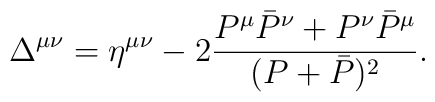
\Delta ^{\mu \nu }=\eta^{\mu \nu }-2\frac{P^{\mu }\bar{P}^{\nu }+P^{\nu }\bar{P}^{\mu }}{(P+\bar{P})^2}.